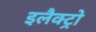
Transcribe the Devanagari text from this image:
इलैक्ट्रो